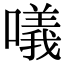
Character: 𠿿